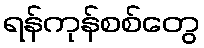
ရန်ကုန်စစ်တွေ